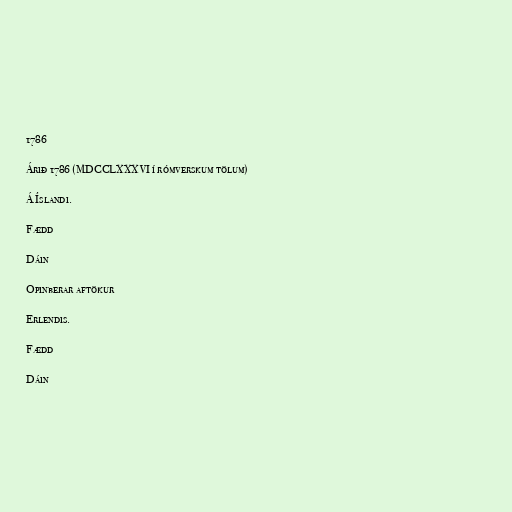
1786

Árið 1786 (MDCCLXXXVI í rómverskum tölum)

Á Íslandi.

Fædd

Dáin

Opinberar aftökur

Erlendis.

Fædd

Dáin